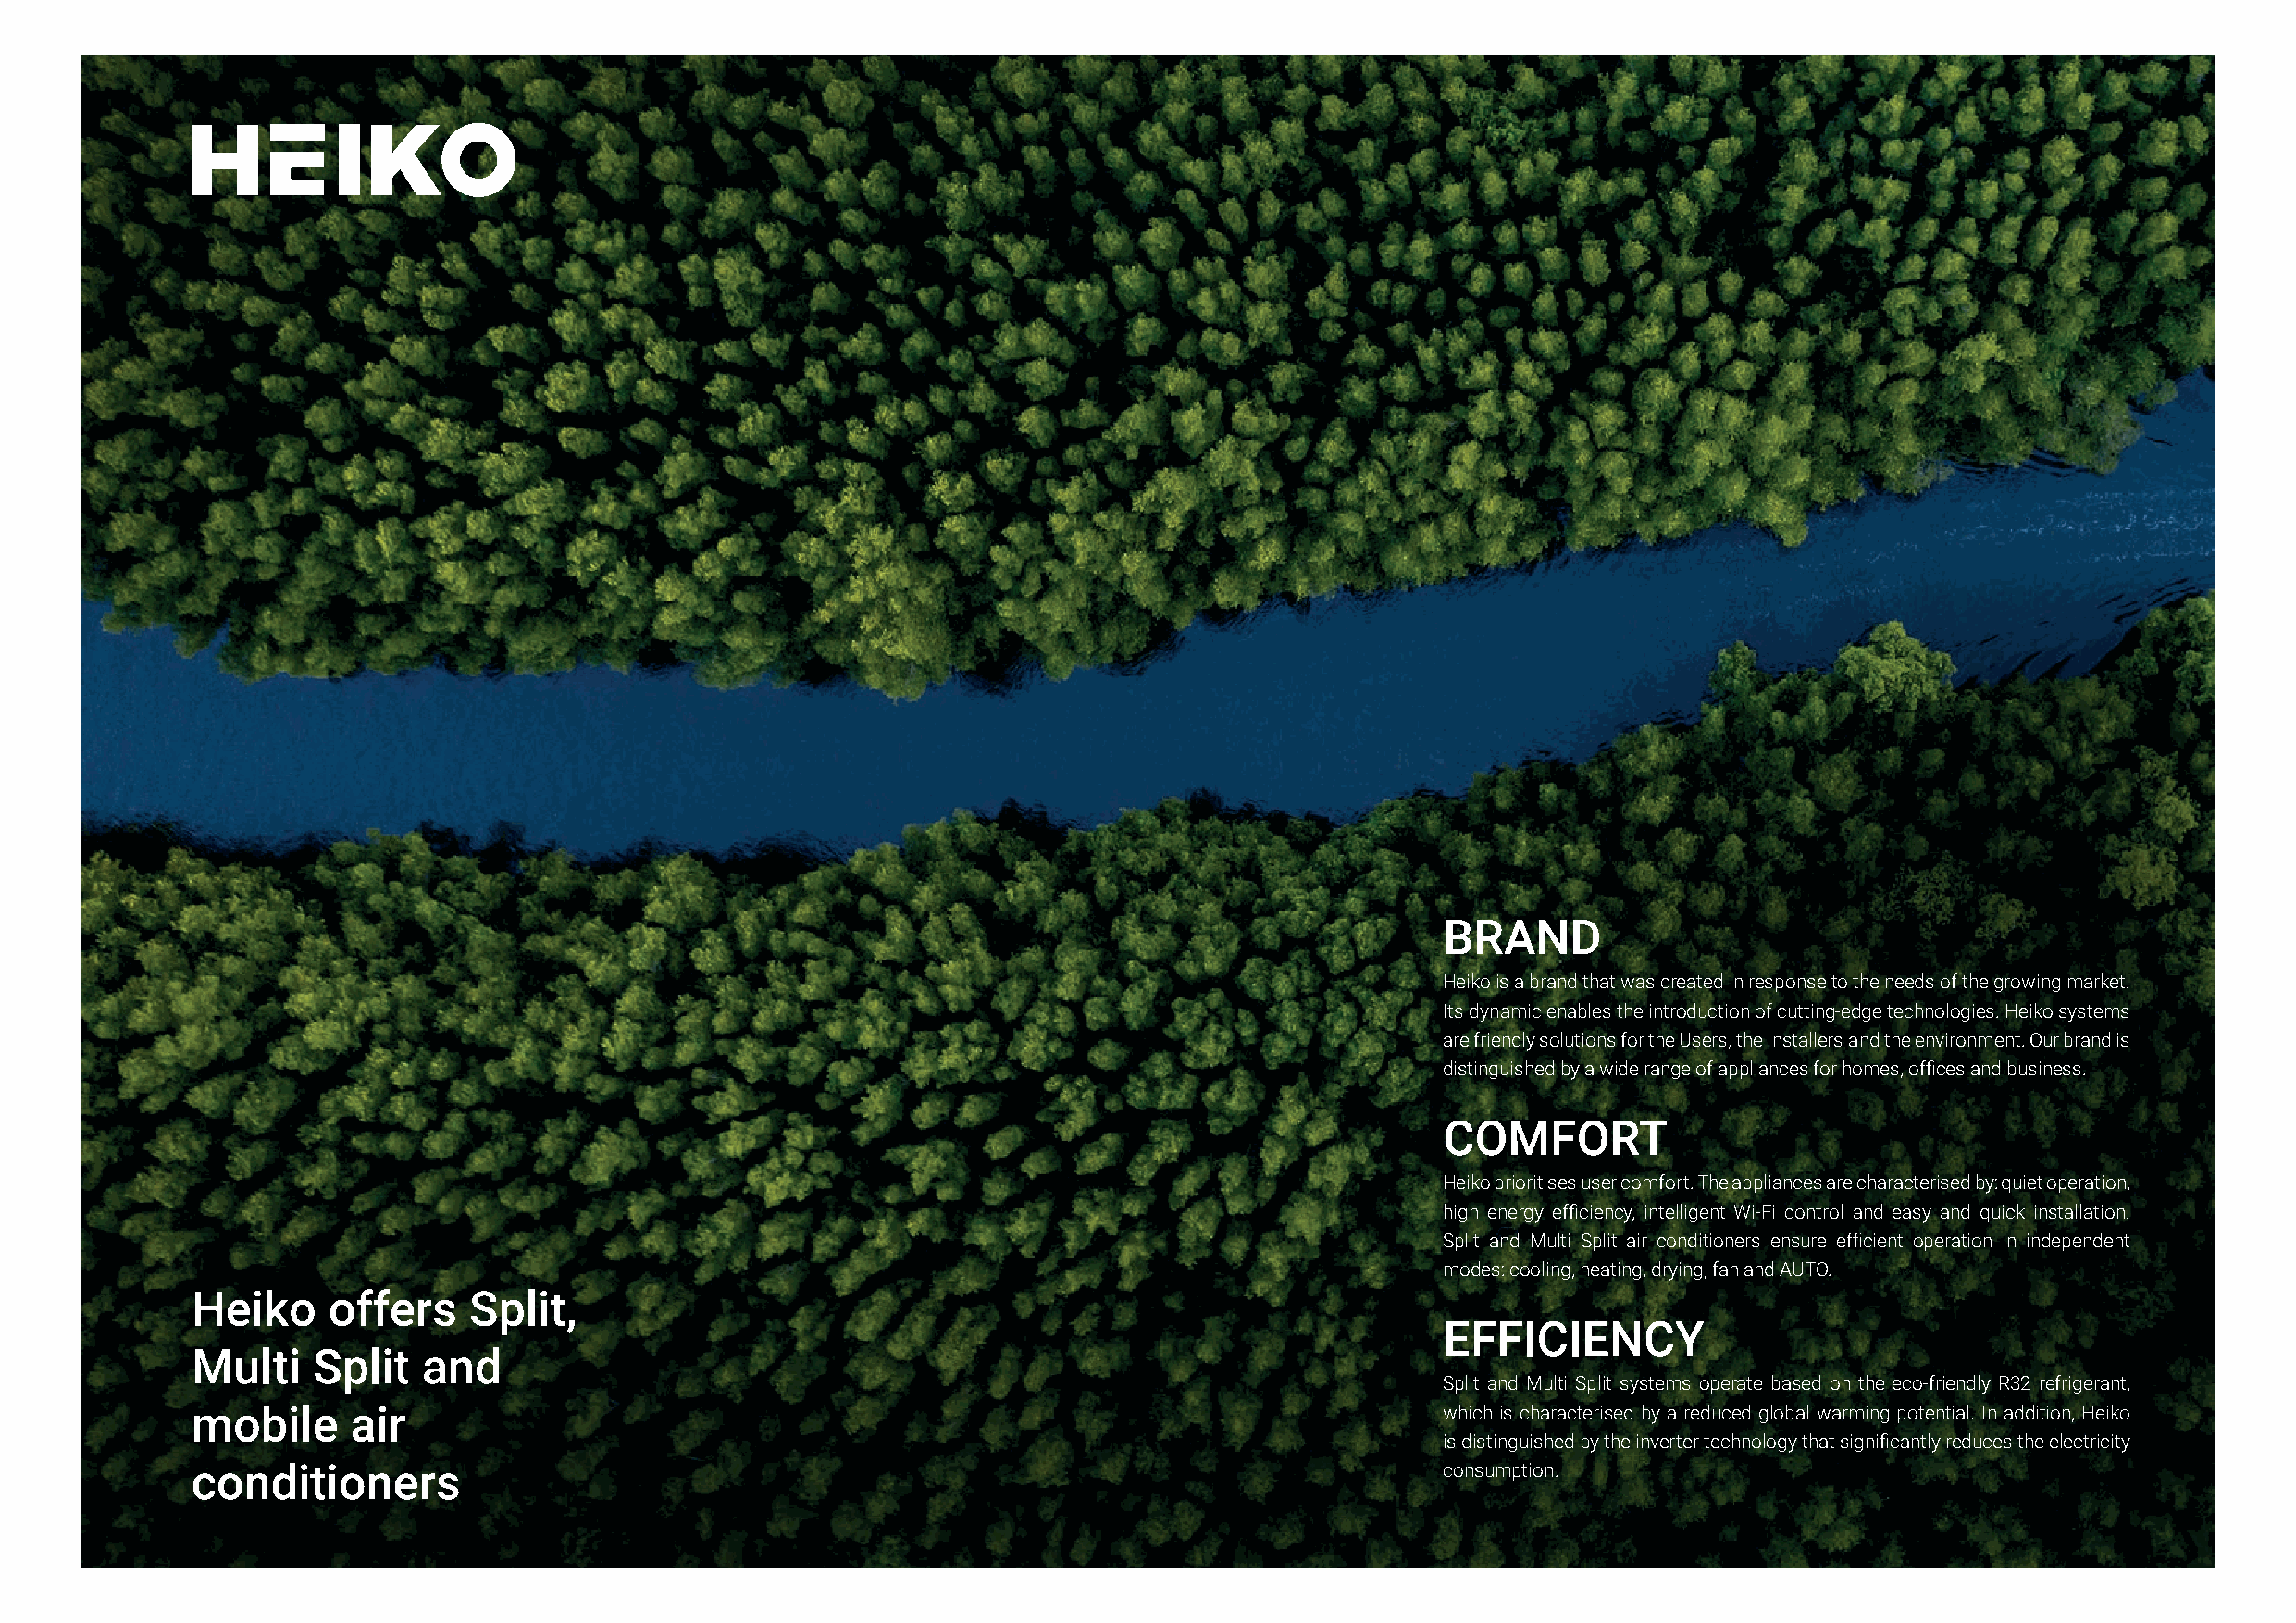
BRAND
 Heiko is a brand that was created in response to the needs of the growing market.
 Its dynamic enables the introduction of cutting-edge technologies. Heiko systems
 are friendly solutions for the Users, the Installers and the environment. Our brand is
 distinguished by a wide range of appliances for homes, offices and business.
 COMFORT
 Heiko prioritises user comfort. The appliances are characterised by: quiet operation,
 high energy efficiency, intelligent Wi-Fi control and easy and quick installation.
 Split and Multi Split air conditioners ensure efficient operation in independent
 modes: cooling, heating, drying, fan and AUTO.
 Heiko    offers     Split,
 EFFICIENCY
 Multi   Split   and
 Split and Multi Split systems operate based on the eco-friendly R32 refrigerant,
 mobile     air                                                                           which is characterised by a reduced global warming potential. In addition, Heiko
 is distinguished by the inverter technology that significantly reduces the electricity
 conditioners                                                                             consumption.